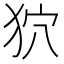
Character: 狖